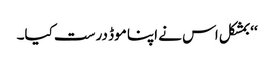
‘‘ بمشکل اس نے اپنا موڈ درست کیا۔